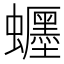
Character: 𧔹